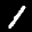
Label: 1